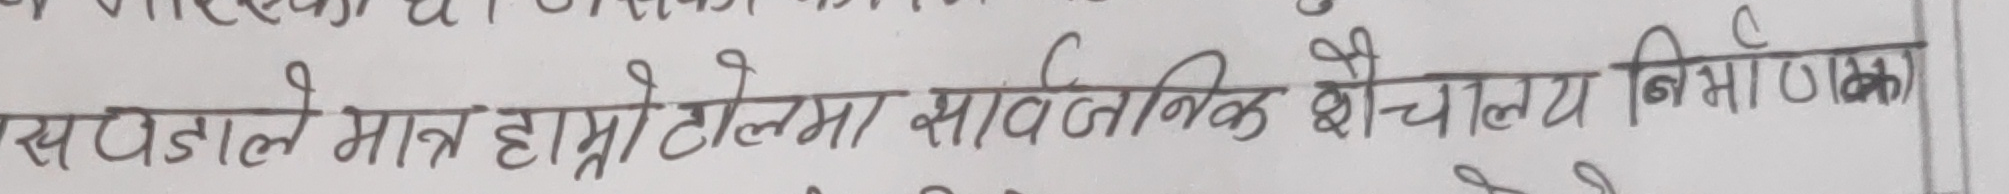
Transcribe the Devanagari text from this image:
सपडाले मात्र हाम्रोटोलमा सार्वजनिक शौचालय निर्माणका)